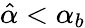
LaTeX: \hat{\alpha}<\alpha_{b}